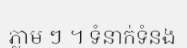
ភ្លាម ៗ ។ ទំនាក់ទំនង